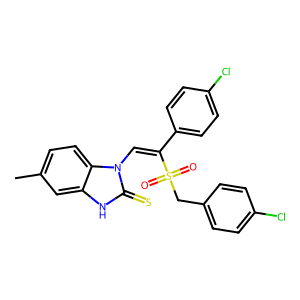
SMILES: Cc1ccc2c(c1)[nH]c(=S)n2C=C(c1ccc(Cl)cc1)S(=O)(=O)Cc1ccc(Cl)cc1
Inhibits HIV replication: No